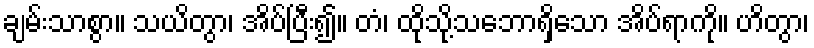
ချမ်းသာစွာ။ သယိတွာ၊ အိပ်ပြီး၍။ တံ၊ ထိုသို့သဘောရှိသော အိပ်ရာကို။ ဟိတွာ၊